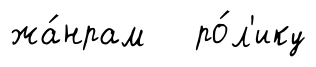
жа́нрам ро́л'ику